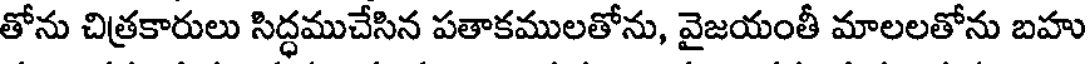
తోను చిత్రకారులు సిద్ధముచేసిన పతాకములతోను, వైజయంతీ మాలలతోను బహు